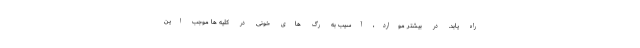
راه یابد. در بیشتر موارد، آسیب به رگ های خونی در کلیه ها موجب این